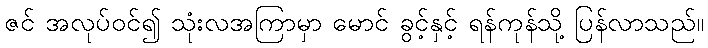
ဇင် အလုပ်ဝင်၍ သုံးလအကြာမှာ မောင် ခွင့်နှင့် ရန်ကုန်သို့ ပြန်လာသည်။